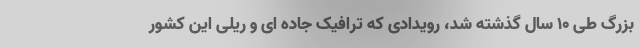
بزرگ طی ۱۰ سال گذشته شد، رویدادی که ترافیک جاده ای و ریلی این کشور